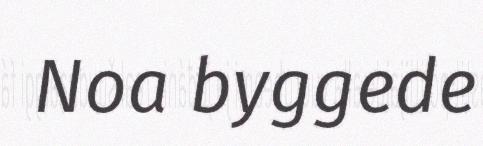
Noa byggede